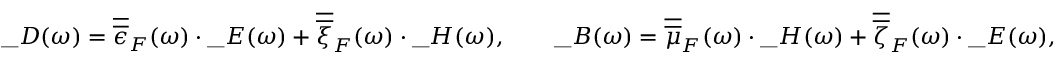
\_ D ( \omega ) = \overline { { \overline { { \epsilon } } } } _ { \/ F } ( \omega ) \cdot \_ E ( \omega ) + \overline { { \overline { { \xi } } } } _ { \/ F } ( \omega ) \cdot \_ H ( \omega ) , \qquad \_ B ( \omega ) = \overline { { \overline { { \mu } } } } _ { \/ F } ( \omega ) \cdot \_ H ( \omega ) + \overline { { \overline { { \zeta } } } } _ { \/ F } ( \omega ) \cdot \_ E ( \omega ) ,